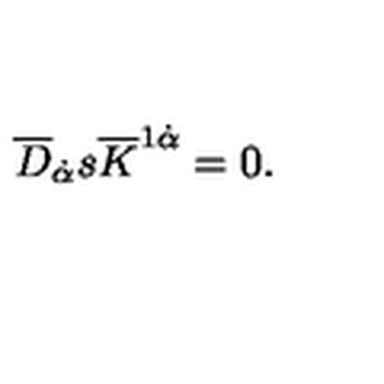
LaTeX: \overline { { D } } _ { \dot { \alpha } } s \overline { { K } } ^ { 1 \dot { \alpha } } = 0 .